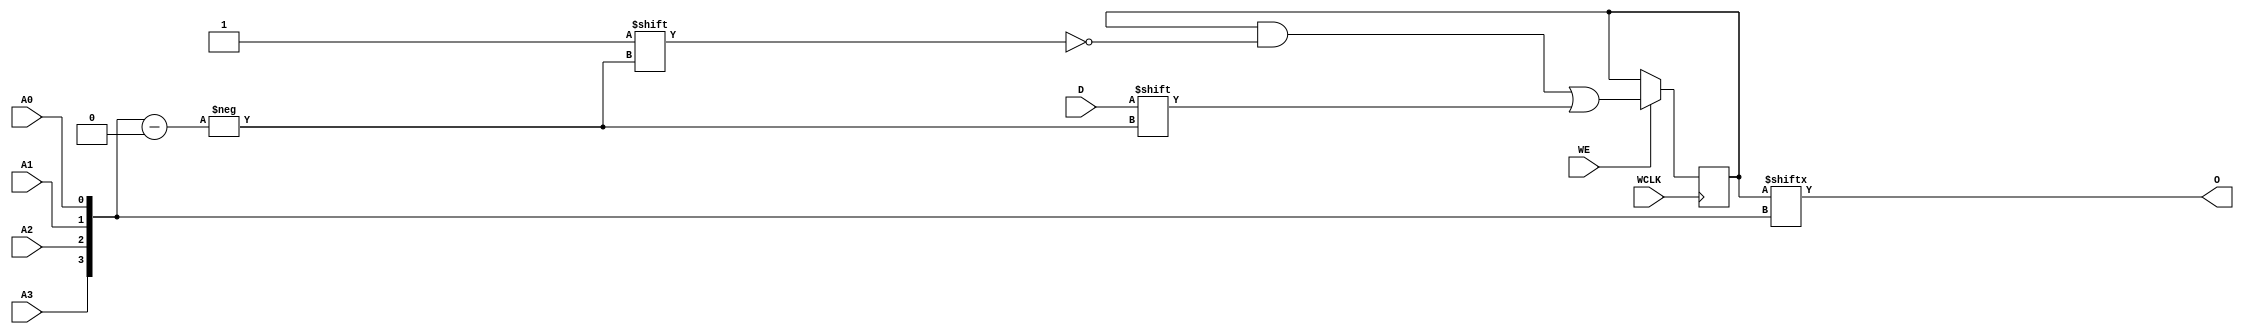
// $Header: /devl/xcs/repo/env/Databases/CAEInterfaces/verunilibs/data/unisims/RAM16X1S.v,v 1.8.158.1 2007/03/09 18:13:17 patrickp Exp $
///////////////////////////////////////////////////////////////////////////////
// Copyright (c) 1995/2004 Xilinx, Inc.
// All Right Reserved.
///////////////////////////////////////////////////////////////////////////////
//   ____  ____
//  /   /\/   /
// /___/  \  /    Vendor : Xilinx
// \   \   \/     Version : 8.1i (I.13)
//  \   \         Description : Xilinx Functional Simulation Library Component
//  /   /                  Static Synchronous RAM 16-Deep by 1-Wide
// /___/   /\     Filename : RAM16X1S.v
// \   \  /  \    Timestamp : Thu Mar 25 16:43:33 PST 2004
//  \___\/\___\
//
// Revision:
//    03/23/04 - Initial version.
//    02/04/05 - Rev 0.0.1 Remove input/output bufs; Remove for-loop in initial block;
// End Revision

`timescale  1 ps / 1 ps


module RAM16X1S (O, A0, A1, A2, A3, D, WCLK, WE);

    parameter INIT = 16'h0000;

    output O;

    input  A0, A1, A2, A3, D, WCLK, WE;

    reg  [15:0] mem;
    wire [3:0] adr;

    assign adr = {A3, A2, A1, A0};
    assign O = mem[adr];

    initial
        mem = INIT;

    always @(posedge WCLK)
        if (WE == 1'b1)
            mem[adr] <= #100 D;

endmodule